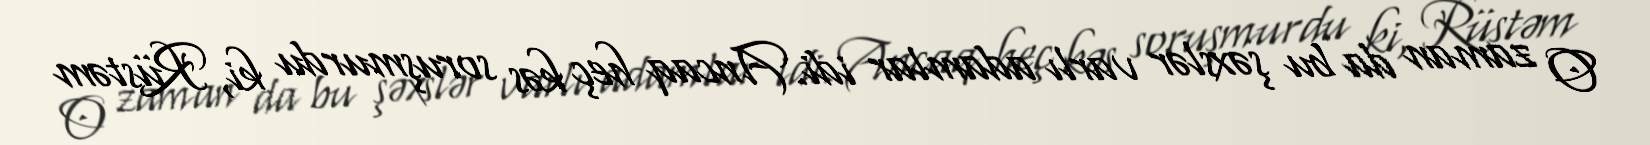
O zaman da bu şəxslər varlı adamlar idi. Ancaq heç kəs soruşmurdu ki, Rüstəm